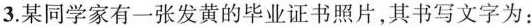
3.某同学家有一张发黄的毕业证书照片，其书写文字为：